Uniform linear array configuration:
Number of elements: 48
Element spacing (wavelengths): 0.75
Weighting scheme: exponential
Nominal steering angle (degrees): -60
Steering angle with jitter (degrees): -61.935
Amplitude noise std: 0.05
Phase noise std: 0.05

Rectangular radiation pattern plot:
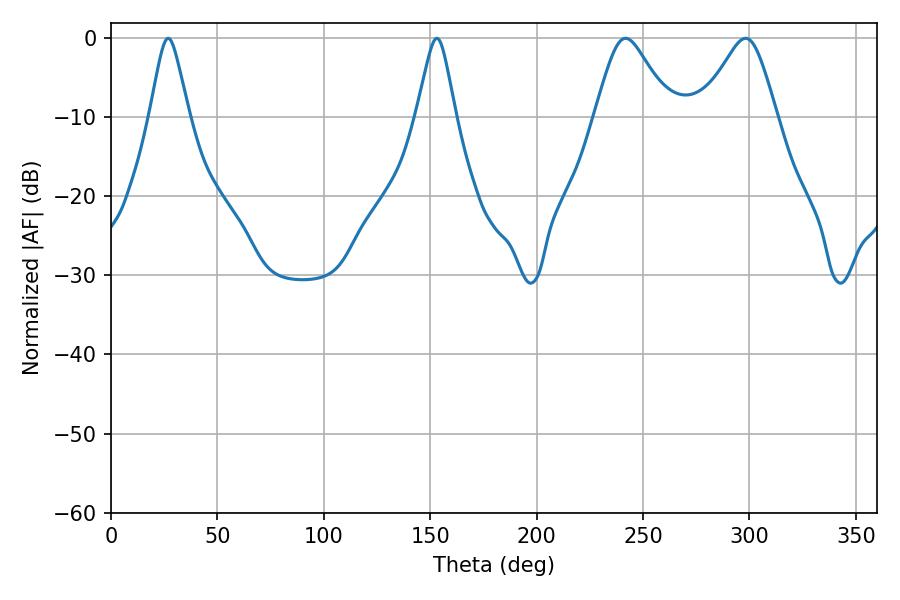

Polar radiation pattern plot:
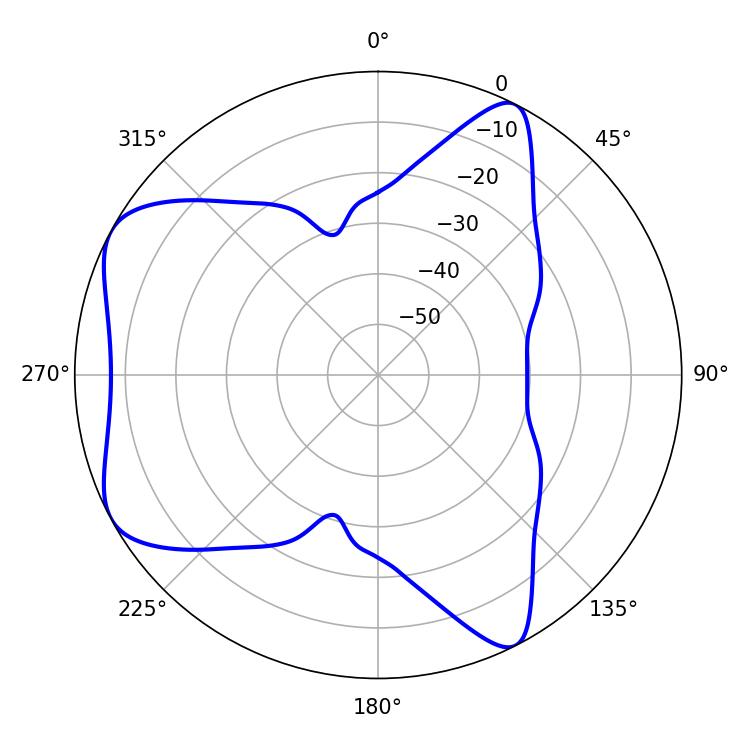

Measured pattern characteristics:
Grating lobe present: TRUE
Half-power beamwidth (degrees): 17.1
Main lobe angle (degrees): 241.74